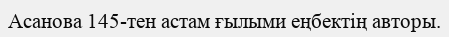
Асанова 145-тен астам ғылыми еңбектің авторы.